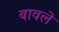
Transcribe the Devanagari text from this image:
बावले